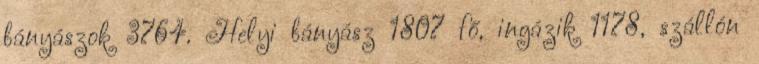
bányászok 3764. Helyi bányász 1807 fő, ingázik 1178, szállón